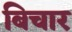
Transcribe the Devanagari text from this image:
बिचार